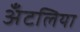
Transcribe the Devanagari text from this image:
अँटलिया